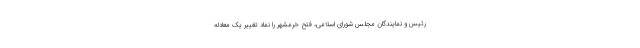
رئیس و نمایندگان مجلس شورای اسلامی، فتح خرمشهر را نماد تغییر یک معادله